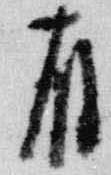
有